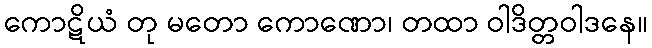
ကောဋိယံ တု မတော ကောဏော၊ တထာ ဝါဒိတ္တဝါဒနေ။